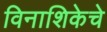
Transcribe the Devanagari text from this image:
विनाशिकेचे